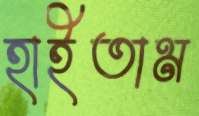
হাইতাম